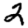
Digit: 2